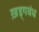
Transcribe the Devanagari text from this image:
ख़ड्गबंध